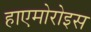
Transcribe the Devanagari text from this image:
हाएमोरोइस